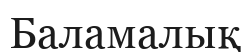
Баламалық